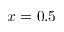
x = 0 . 5